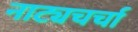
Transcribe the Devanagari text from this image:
नाट्यचर्चा